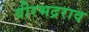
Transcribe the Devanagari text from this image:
वीरभद्रराव